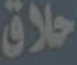
حلاق